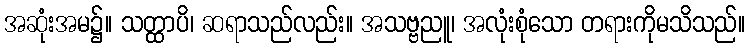
အဆုံးအမ၌။ သတ္ထာပိ၊ ဆရာသည်လည်း။ အသဗ္ဗညူ၊ အလုံးစုံသော တရားကိုမသိသည်။